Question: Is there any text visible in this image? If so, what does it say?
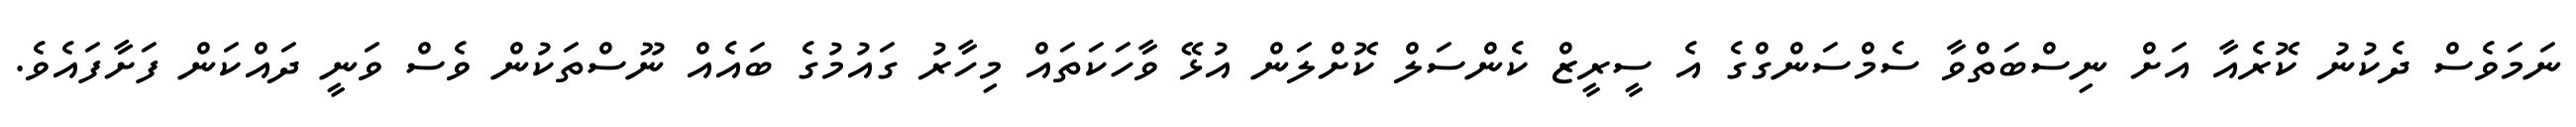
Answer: ނަމަވެސް ދެކުނު ކޮރެއާ އަށް ނިސްބަތްވާ ސެމްސަންގްގެ އެ ސީރީޒް ކެންސަލް ކޮށްލަން އުޅޭ ވާހަކަތައް މިހާރު ގައުމުގެ ބައެއް ނޫސްތަކުން ވެސް ވަނީ ދައްކަން ފަށާފައެވެ.